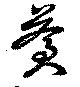
蒼